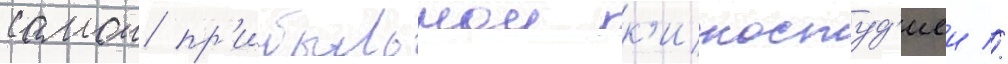
самои пр'ибыльнои к'иностуд'иеи //